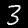
Digit: 3